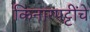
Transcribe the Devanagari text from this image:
किनारपट्टींचे